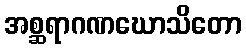
အစ္ဆရာဂဏဃောသိတော